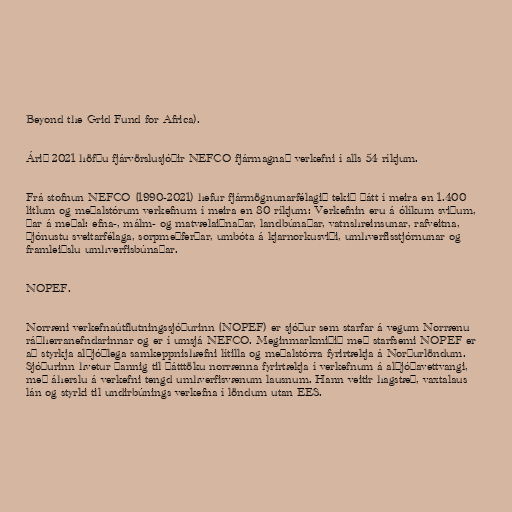
Beyond the Grid Fund for Africa).

Árið 2021 höfðu fjárvörslusjóðir NEFCO fjármagnað verkefni í alls 54 ríkjum.

Frá stofnun NEFCO (1990-2021) hefur fjármögnunarfélagið tekið þátt í meira en 1.400
litlum og meðalstórum verkefnum í meira en 80 ríkjum: Verkefnin eru á ólíkum sviðum,
þar á meðal: efna-, málm- og matvælaiðnaðar, landbúnaðar, vatnshreinsunar, rafveitna,
þjónustu sveitarfélaga, sorpmeðferðar, umbóta á kjarnorkusviði, umhverfisstjórnunar og
framleiðslu umhverfisbúnaðar.

NOPEF.

Norræni verkefnaútflutningssjóðurinn (NOPEF) er sjóður sem starfar á vegum Norrænu
ráðherranefndarinnar og er í umsjá NEFCO. Meginmarkmiðið með starfsemi NOPEF er
að styrkja alþjóðlega samkeppnishæfni lítilla og meðalstórra fyrirtækja á Norðurlöndum.
Sjóðurinn hvetur þannig til þátttöku norrænna fyrirtækja í verkefnum á alþjóðavettvangi,
með áherslu á verkefni tengd umhverfisvænum lausnum. Hann veitir hagstæð, vaxtalaus
lán og styrki til undirbúnings verkefna í löndum utan EES.